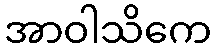
အာဝါသိကေ